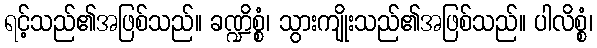
ရင့်သည်၏အဖြစ်သည်။ ခဏ္ဍိစ္စံ၊ သွားကျိုးသည်၏အဖြစ်သည်။ ပါလိစ္စံ၊